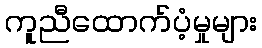
ကူညီထောက်ပံ့မှုများ